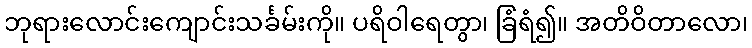
ဘုရားလောင်းကျောင်းသင်္ခမ်းကို။ ပရိဝါရေတွာ၊ ခြံရံ၍။ အတိဝိတာလော၊